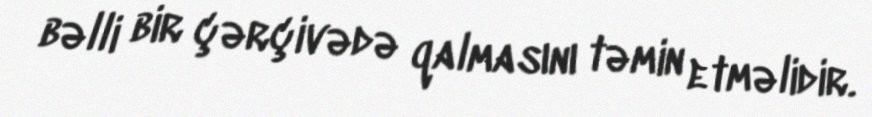
bəlli bir çərçivədə qalmasını təmin etməlidir.